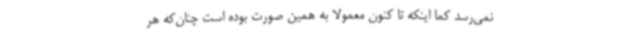
نمی‌رسد کما اینکه تا کنون معمولا به همین صورت بوده است چنان‌که هر